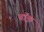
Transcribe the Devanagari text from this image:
बाॅझ